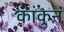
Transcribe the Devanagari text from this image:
कांकुन